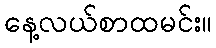
နေ့လယ်စာထမင်း။